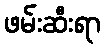
ဖမ်းဆီးရာ